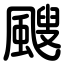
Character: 颼